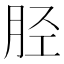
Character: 胫